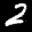
Label: 2